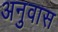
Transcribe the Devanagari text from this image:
अनुवास